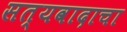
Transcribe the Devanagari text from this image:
सत्यवादाचा